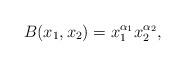
LaTeX: \begin{align*}B(x_1,x_2) = x_1^{\alpha_1} x_2^{\alpha_2},\end{align*}